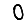
Digit: 0